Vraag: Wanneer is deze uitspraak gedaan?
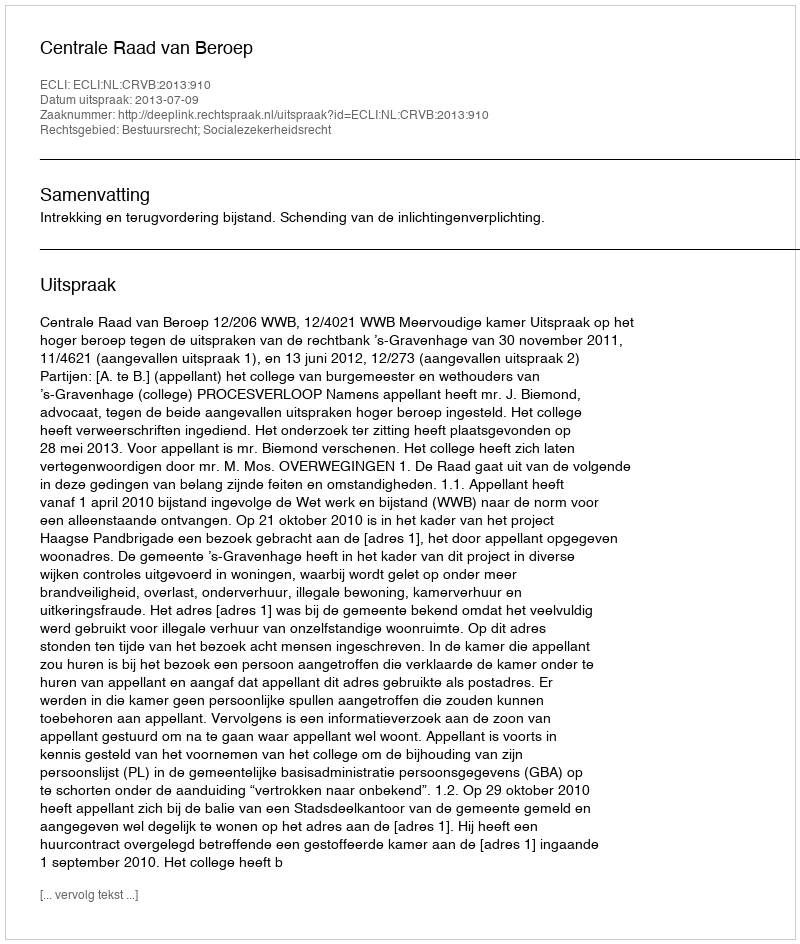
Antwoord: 2013-07-09